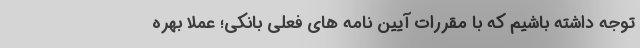
توجه داشته باشیم که با مقررات آیین نامه های فعلی بانکی؛ عملا بهره